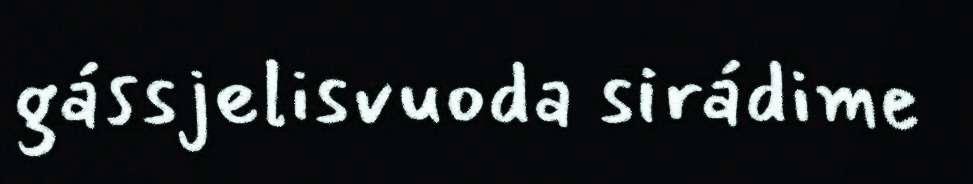
gássjelisvuoda sirádime